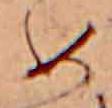
め